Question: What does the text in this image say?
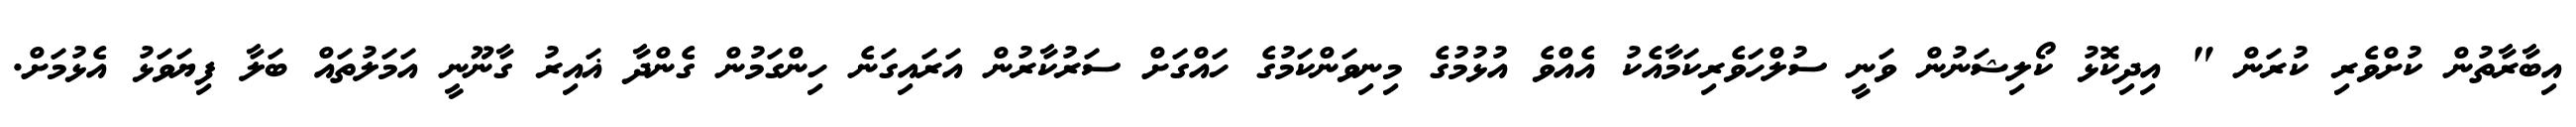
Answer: އިބާރާތުން ކުށްވެރި ކުރަން " އިދިކޮޅު ކޯލިޝަނުން ވަނީ ސުލްހަވެރިކަމާއެކު އެއްވެ އުޅުމުގެ މިނިވަންކަމުގެ ހައްގަށް ސަރުކާރުން އަރައިގަނެ ހިންގަމުން ގެންދާ ޣައިރު ގާނޫނީ އަމަލުތައް ބަލާ ފިޔަވަޅު އެޅުމަށް.